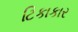
ટિકાકાર